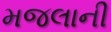
મજલાની